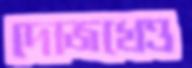
দোজখেও